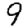
Digit: 9